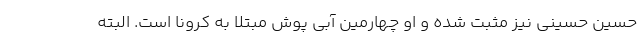
حسین حسینی نیز مثبت شده و او چهارمین آبی پوش مبتلا به کرونا است. البته